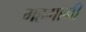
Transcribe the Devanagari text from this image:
महगानी